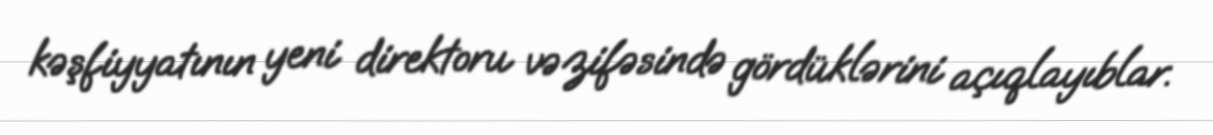
kəşfiyyatının yeni direktoru vəzifəsində gördüklərini açıqlayıblar.